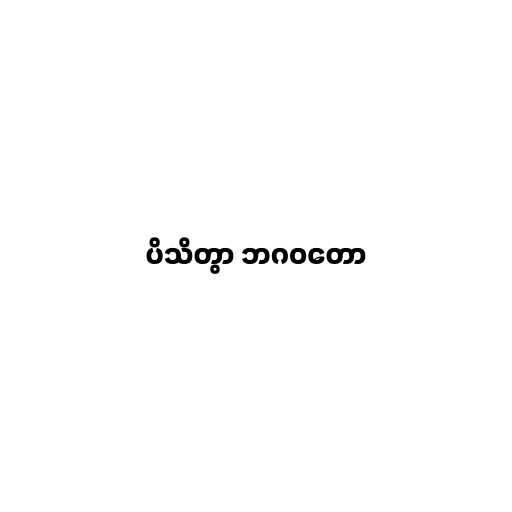
ပိသိတွာ ဘဂဝတော